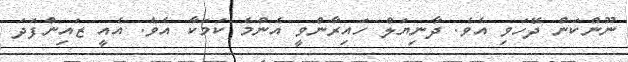
ނޫންކަން ދޭހަވި އެވެ. ދާނިޔަލް ހައިރާންވީ އެންމެ ކަމަކާ އެވެ. އެއީ ޒައިންފަދަ